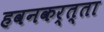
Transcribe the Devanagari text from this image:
हवनकर्त्ता